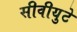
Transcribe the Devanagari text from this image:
सीवीयुटे